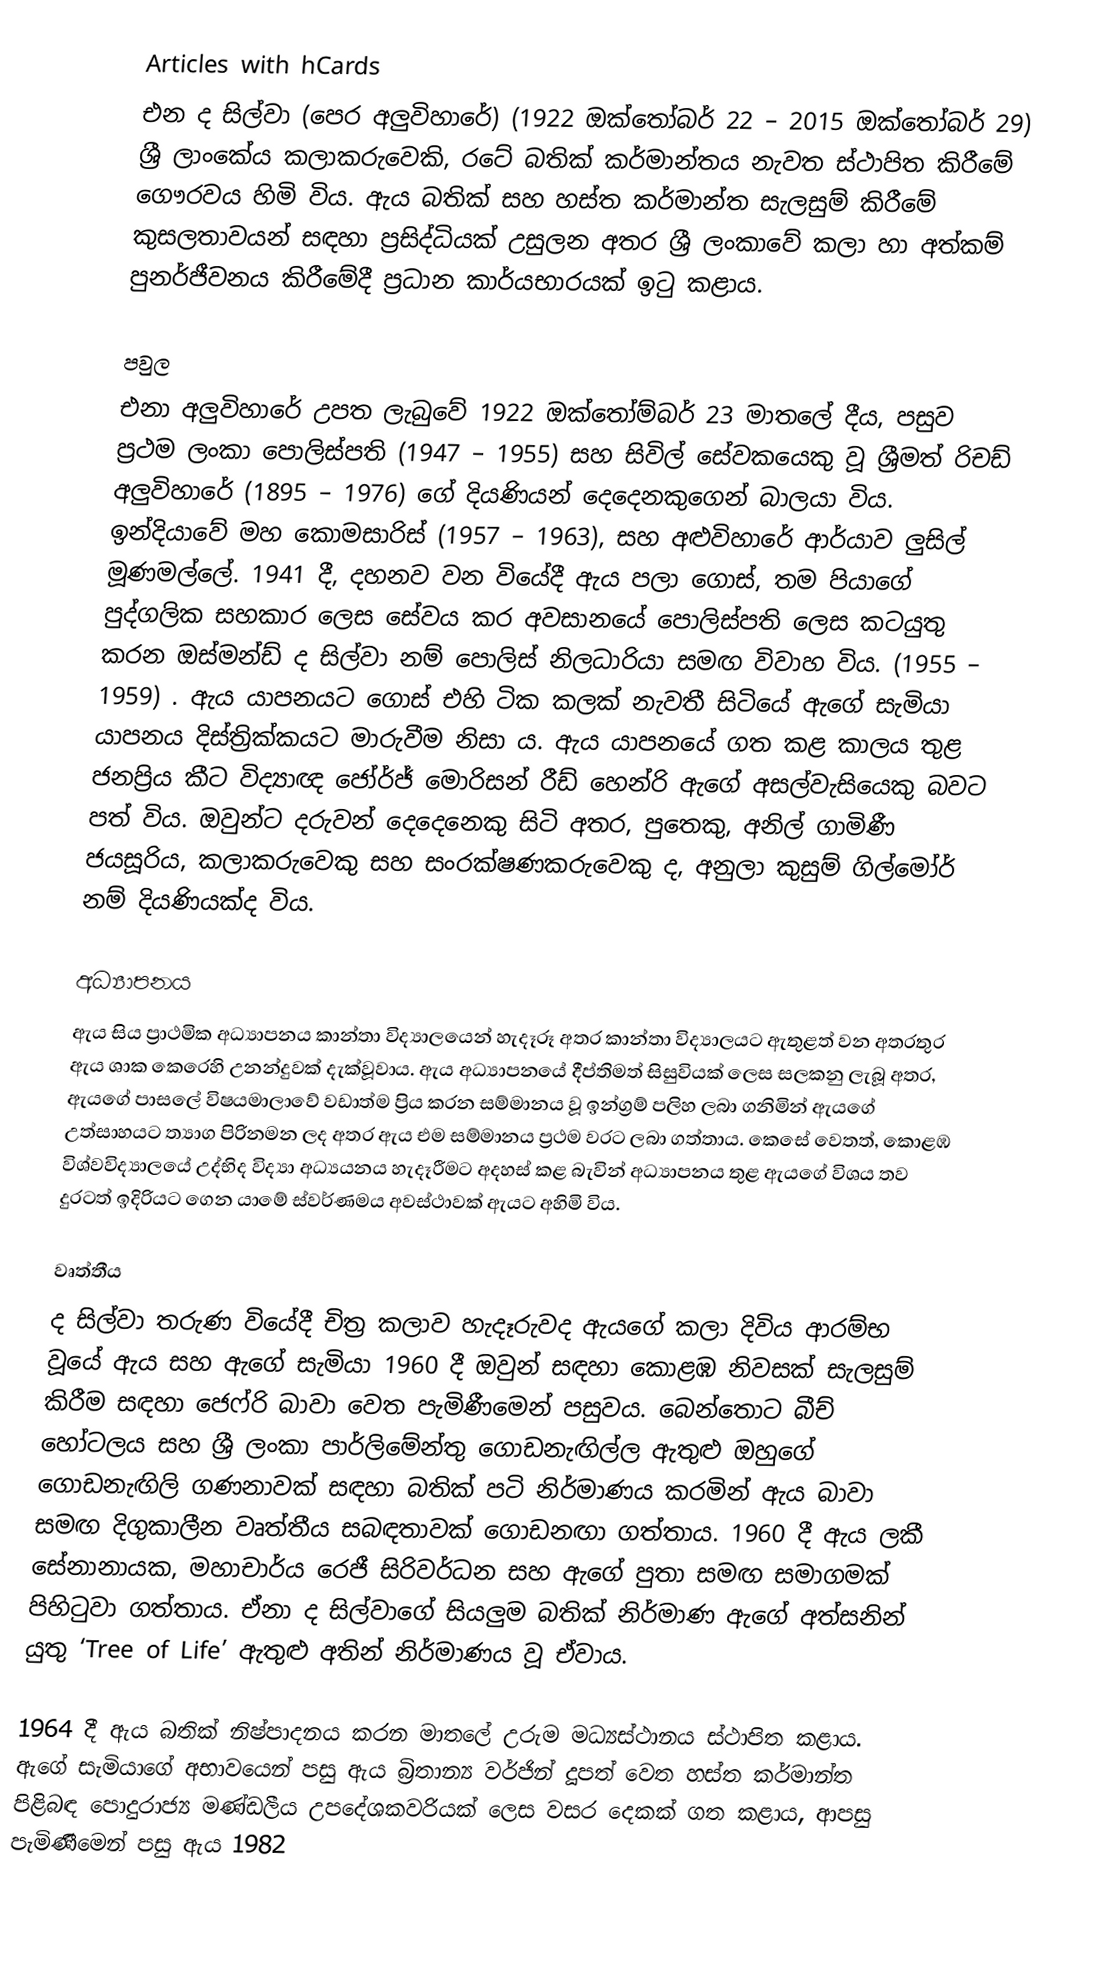
Articles with hCards
එන ද සිල්වා (පෙර අලුවිහාරේ) (1922 ඔක්තෝබර් 22 – 2015 ඔක්තෝබර් 29) ශ්‍රී ලාංකේය කලාකරුවෙකි, රටේ බතික් කර්මාන්තය නැවත ස්ථාපිත කිරීමේ ගෞරවය හිමි විය. ඇය බතික් සහ හස්ත කර්මාන්ත සැලසුම් කිරීමේ කුසලතාවයන් සඳහා ප්‍රසිද්ධියක් උසුලන අතර ශ්‍රී ලංකාවේ කලා හා අත්කම් පුනර්ජීවනය කිරීමේදී ප්‍රධාන කාර්යභාරයක් ඉටු කළාය.

පවුල
එනා අලුවිහාරේ උපත ලැබුවේ 1922 ඔක්තෝම්බර් 23 මාතලේ දීය, පසුව ප්‍රථම ලංකා පොලිස්පති (1947 – 1955) සහ සිවිල් සේවකයෙකු වූ ශ්‍රීමත් රිචඩ් අලුවිහාරේ (1895 – 1976) ගේ දියණියන් දෙදෙනකුගෙන් බාලයා විය. ඉන්දියාවේ මහ කොමසාරිස් (1957 – 1963), සහ අළුවිහාරේ ආර්යාව ලුසිල් මූණමල්ලේ.   1941 දී, දහනව වන වියේදී ඇය පලා ගොස්, තම පියාගේ පුද්ගලික සහකාර ලෙස සේවය කර අවසානයේ පොලිස්පති ලෙස කටයුතු කරන ඔස්මන්ඩ් ද සිල්වා නම් පොලිස් නිලධාරියා සමඟ විවාහ විය. (1955 – 1959) . ඇය යාපනයට ගොස් එහි ටික කලක් නැවතී සිටියේ ඇගේ සැමියා යාපනය දිස්ත්‍රික්කයට මාරුවීම නිසා ය. ඇය යාපනයේ ගත කළ කාලය තුළ ජනප්‍රිය කීට විද්‍යාඥ ජෝර්ජ් මොරිසන් රීඩ් හෙන්රි ඇගේ අසල්වැසියෙකු බවට පත් විය. ඔවුන්ට දරුවන් දෙදෙනෙකු සිටි අතර, පුතෙකු, අනිල් ගාමිණී ජයසූරිය, කලාකරුවෙකු සහ සංරක්ෂණකරුවෙකු ද, අනුලා කුසුම් ගිල්මෝර් නම් දියණියක්ද විය.

අධ්‍යාපනය
ඇය සිය ප්‍රාථමික අධ්‍යාපනය කාන්තා විද්‍යාලයෙන් හැදෑරූ අතර කාන්තා විද්‍යාලයට ඇතුළත් වන අතරතුර ඇය ශාක කෙරෙහි උනන්දුවක් දැක්වූවාය. ඇය අධ්‍යාපනයේ දීප්තිමත් සිසුවියක් ලෙස සලකනු ලැබූ අතර, ඇයගේ පාසලේ විෂයමාලාවේ වඩාත්ම ප්‍රිය කරන සම්මානය වූ ඉන්ග්‍රම් පලිහ ලබා ගනිමින් ඇයගේ උත්සාහයට ත්‍යාග පිරිනමන ලද අතර ඇය එම සම්මානය ප්‍රථම වරට ලබා ගත්තාය. කෙසේ වෙතත්, කොළඹ විශ්වවිද්‍යාලයේ උද්භිද විද්‍යා අධ්‍යයනය හැදෑරීමට අදහස් කළ බැවින් අධ්‍යාපනය තුළ ඇයගේ විශය තව දුරටත් ඉදිරියට ගෙන යාමේ ස්වර්ණමය අවස්ථාවක් ඇයට අහිමි විය.

වෘත්තීය
ද සිල්වා තරුණ වියේදී චිත්‍ර කලාව හැදෑරුවද ඇයගේ කලා දිවිය ආරම්භ වූයේ ඇය සහ ඇගේ සැමියා 1960 දී ඔවුන් සඳහා කොළඹ නිවසක් සැලසුම් කිරීම සඳහා ජෙෆ්රි බාවා වෙත පැමිණීමෙන් පසුවය.   බෙන්තොට බීච් හෝටලය සහ ශ්‍රී ලංකා පාර්ලිමේන්තු ගොඩනැඟිල්ල ඇතුළු ඔහුගේ ගොඩනැඟිලි ගණනාවක් සඳහා බතික් පටි නිර්මාණය කරමින් ඇය බාවා සමඟ දිගුකාලීන වෘත්තීය සබඳතාවක් ගොඩනඟා ගත්තාය.   1960 දී ඇය ලකී සේනානායක, මහාචාර්ය රෙජී සිරිවර්ධන සහ ඇගේ පුතා සමඟ සමාගමක් පිහිටුවා ගත්තාය.  ඒනා ද සිල්වාගේ සියලුම බතික් නිර්මාණ ඇගේ අත්සනින් යුතු ‘Tree of Life’ ඇතුළු අතින් නිර්මාණය වූ ඒවාය.

1964 දී ඇය බතික් නිෂ්පාදනය කරන මාතලේ උරුම මධ්‍යස්ථානය ස්ථාපිත කළාය.  ඇගේ සැමියාගේ අභාවයෙන් පසු ඇය බ්‍රිතාන්‍ය වර්ජින් දූපත් වෙත හස්ත කර්මාන්ත පිළිබඳ පොදුරාජ්‍ය මණ්ඩලීය උපදේශකවරියක් ලෙස වසර දෙකක් ගත කළාය,   ආපසු පැමිණීමෙන් පසු ඇය 1982